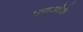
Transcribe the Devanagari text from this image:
एचओके